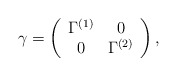
\begin{align*}\gamma = \left( \begin{array}{cc}\Gamma^{(1)} & 0 \\0 & \Gamma^{(2)}\end{array} \right), \end{align*}